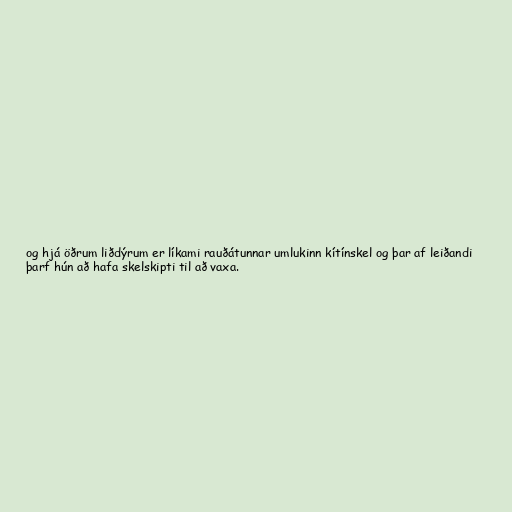
og hjá öðrum liðdýrum er líkami rauðátunnar umlukinn kítínskel og þar af leiðandi
þarf hún að hafa skelskipti til að vaxa.